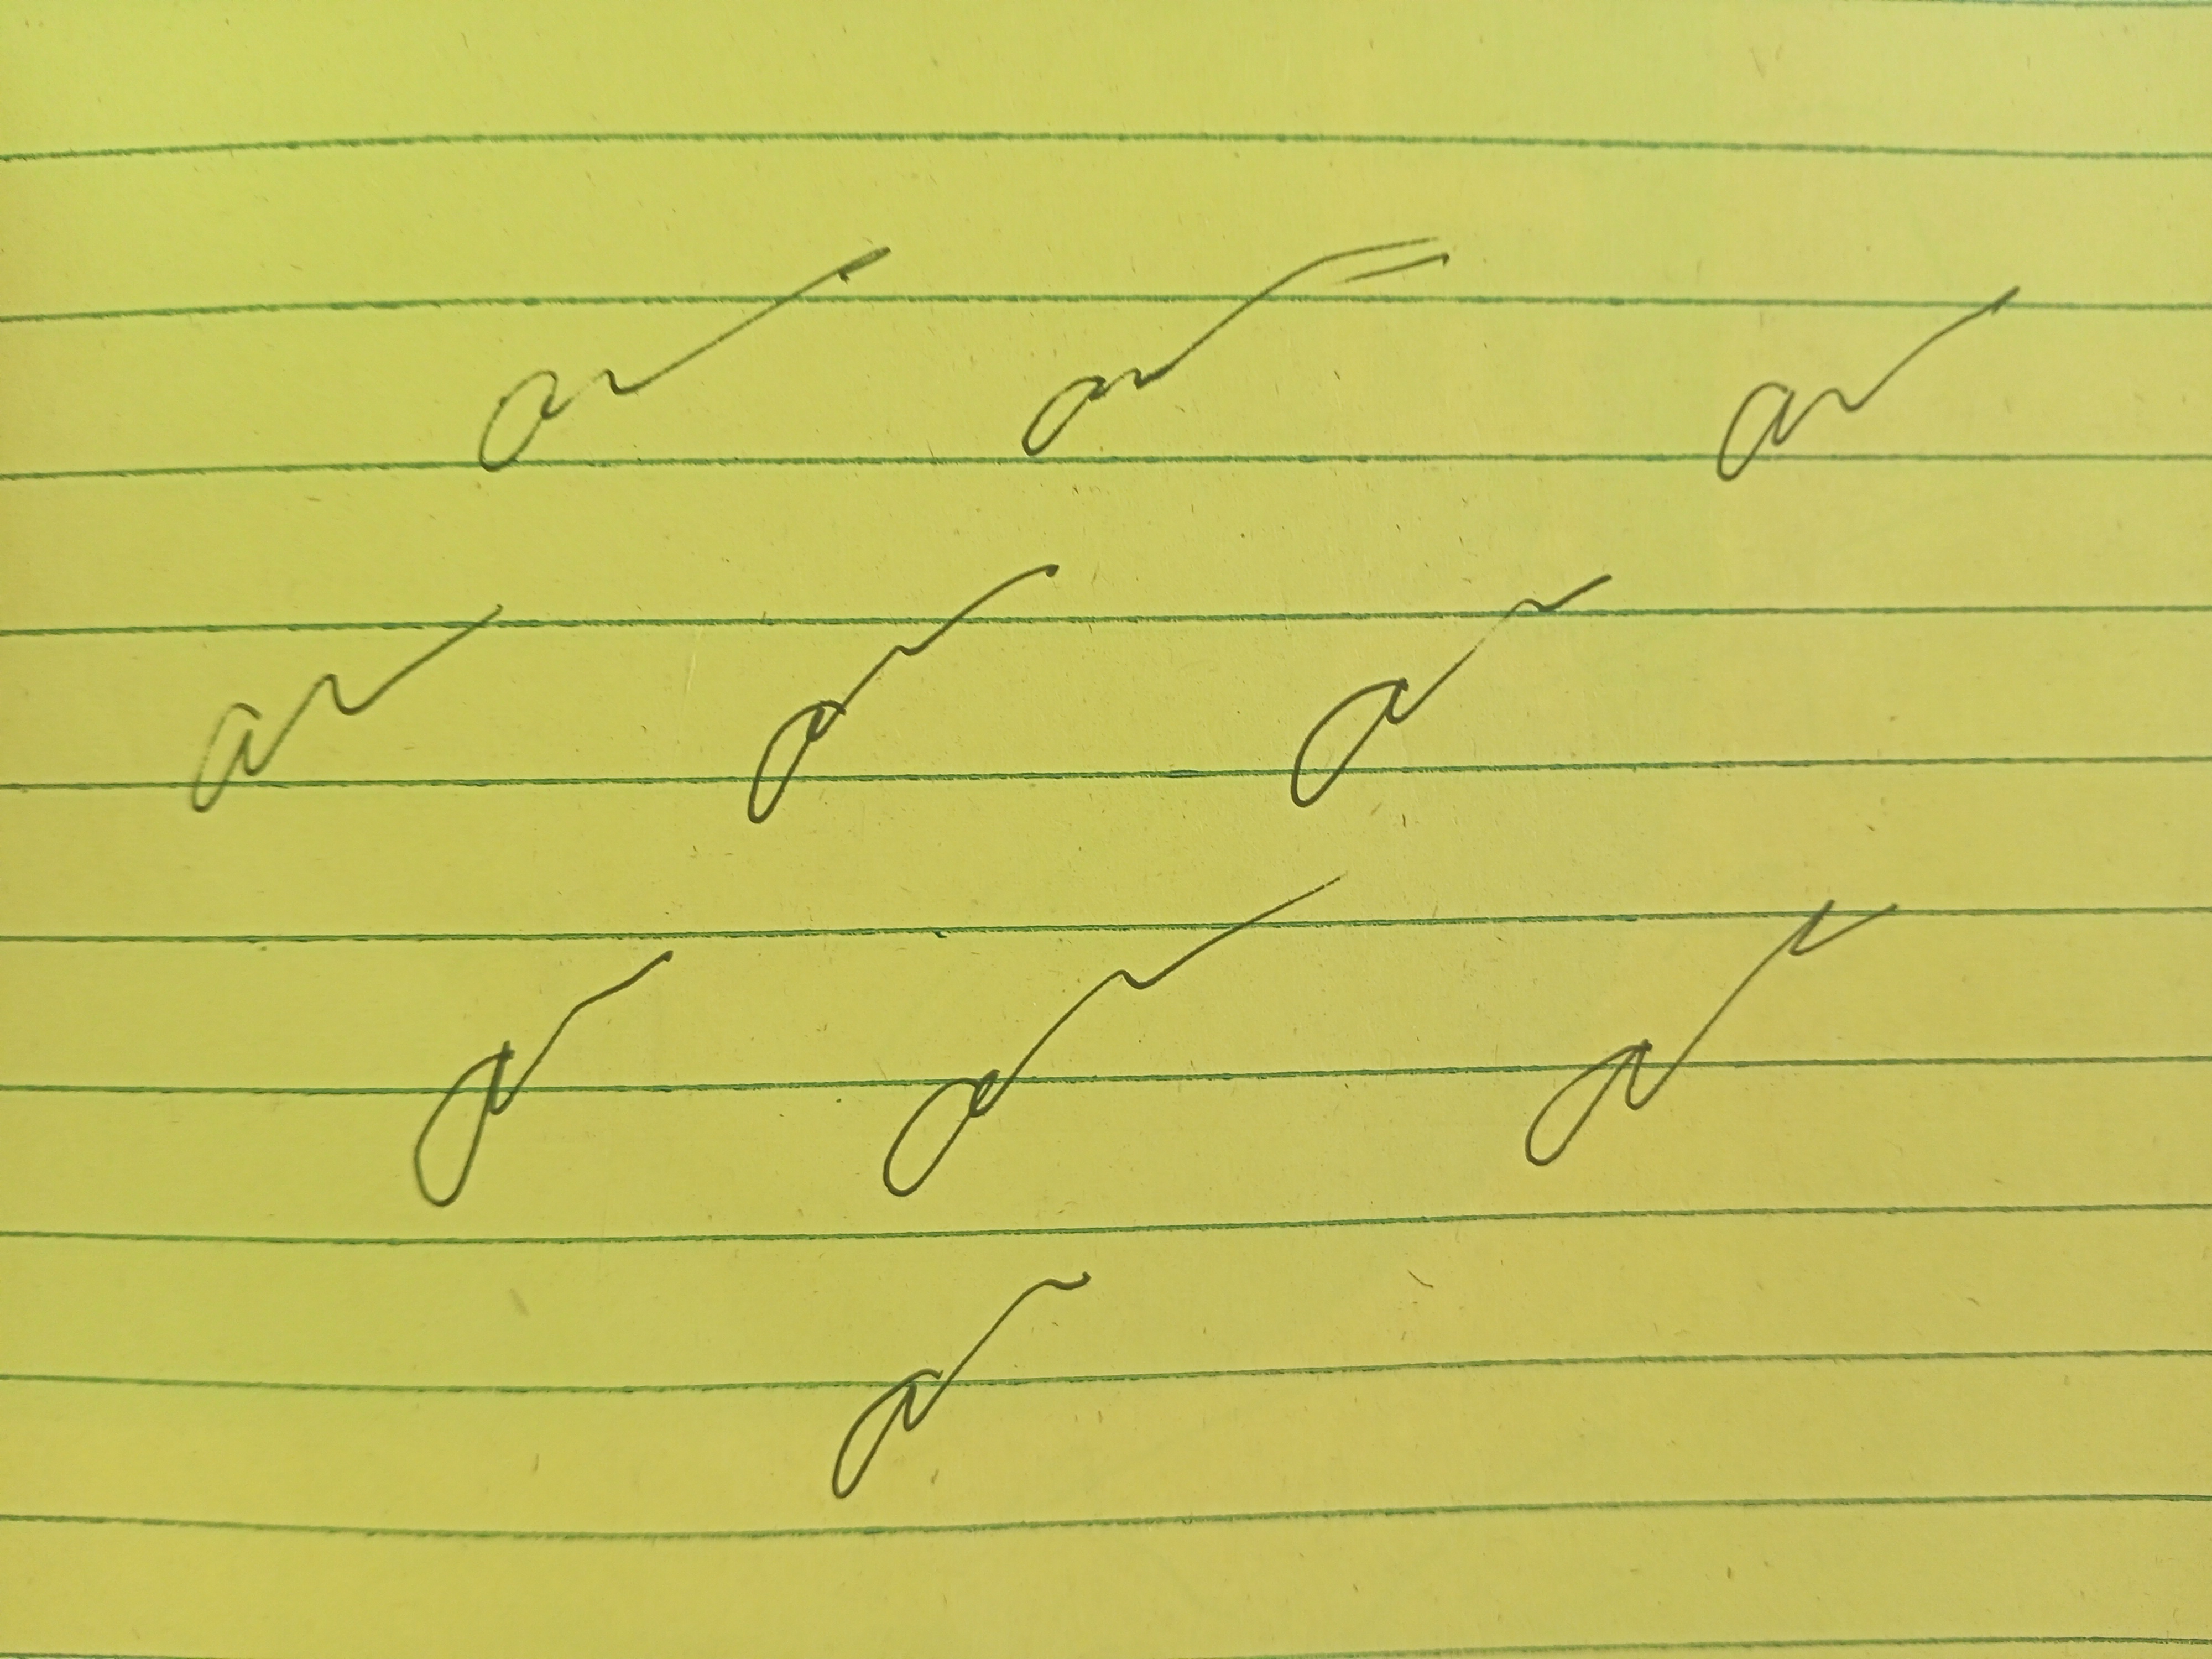
Signature authenticity: genuine